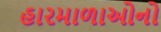
હારમાળાઓનો